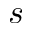
s